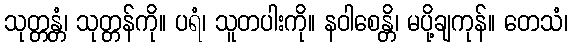
သုတ္တန္တံ၊ သုတ္တန်ကို။ ပရံ၊ သူတပါးကို။ နဝါစေန္တိ၊ မပို့ချကုန်။ တေသံ၊